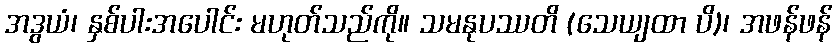
အဒွယံ၊ နှစ်ပါးအပေါင်း မဟုတ်သည်ကို။ သမနုပဿတိ (သေယျထာ ပိ)၊ အဖန်ဖန်